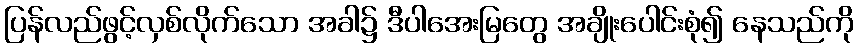
ပြန်လည်ဖွင့်လှစ်လိုက်သော အခါ၌ ဒီပါအေးမြတွေ အချိုးပေါင်းစုံ၍ နေသည်ကို